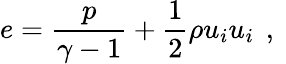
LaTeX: e=\frac{p}{\gamma-1}+\frac{1}{2}\rho u_{i}u_{i}\, \mathrm{~,~}